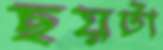
ছয়টা